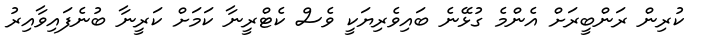
ކުރިިން ރަންބީރަށް އެންމެ ގުޅޭނެ ބައިވެރިޔަކީ ވެސް ކެޓްރީނާ ކަމަށް ކަރީނާ ބުނެފައިވާއިރު